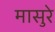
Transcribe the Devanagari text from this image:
मासुरे